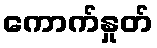
ကောက်နှုတ်